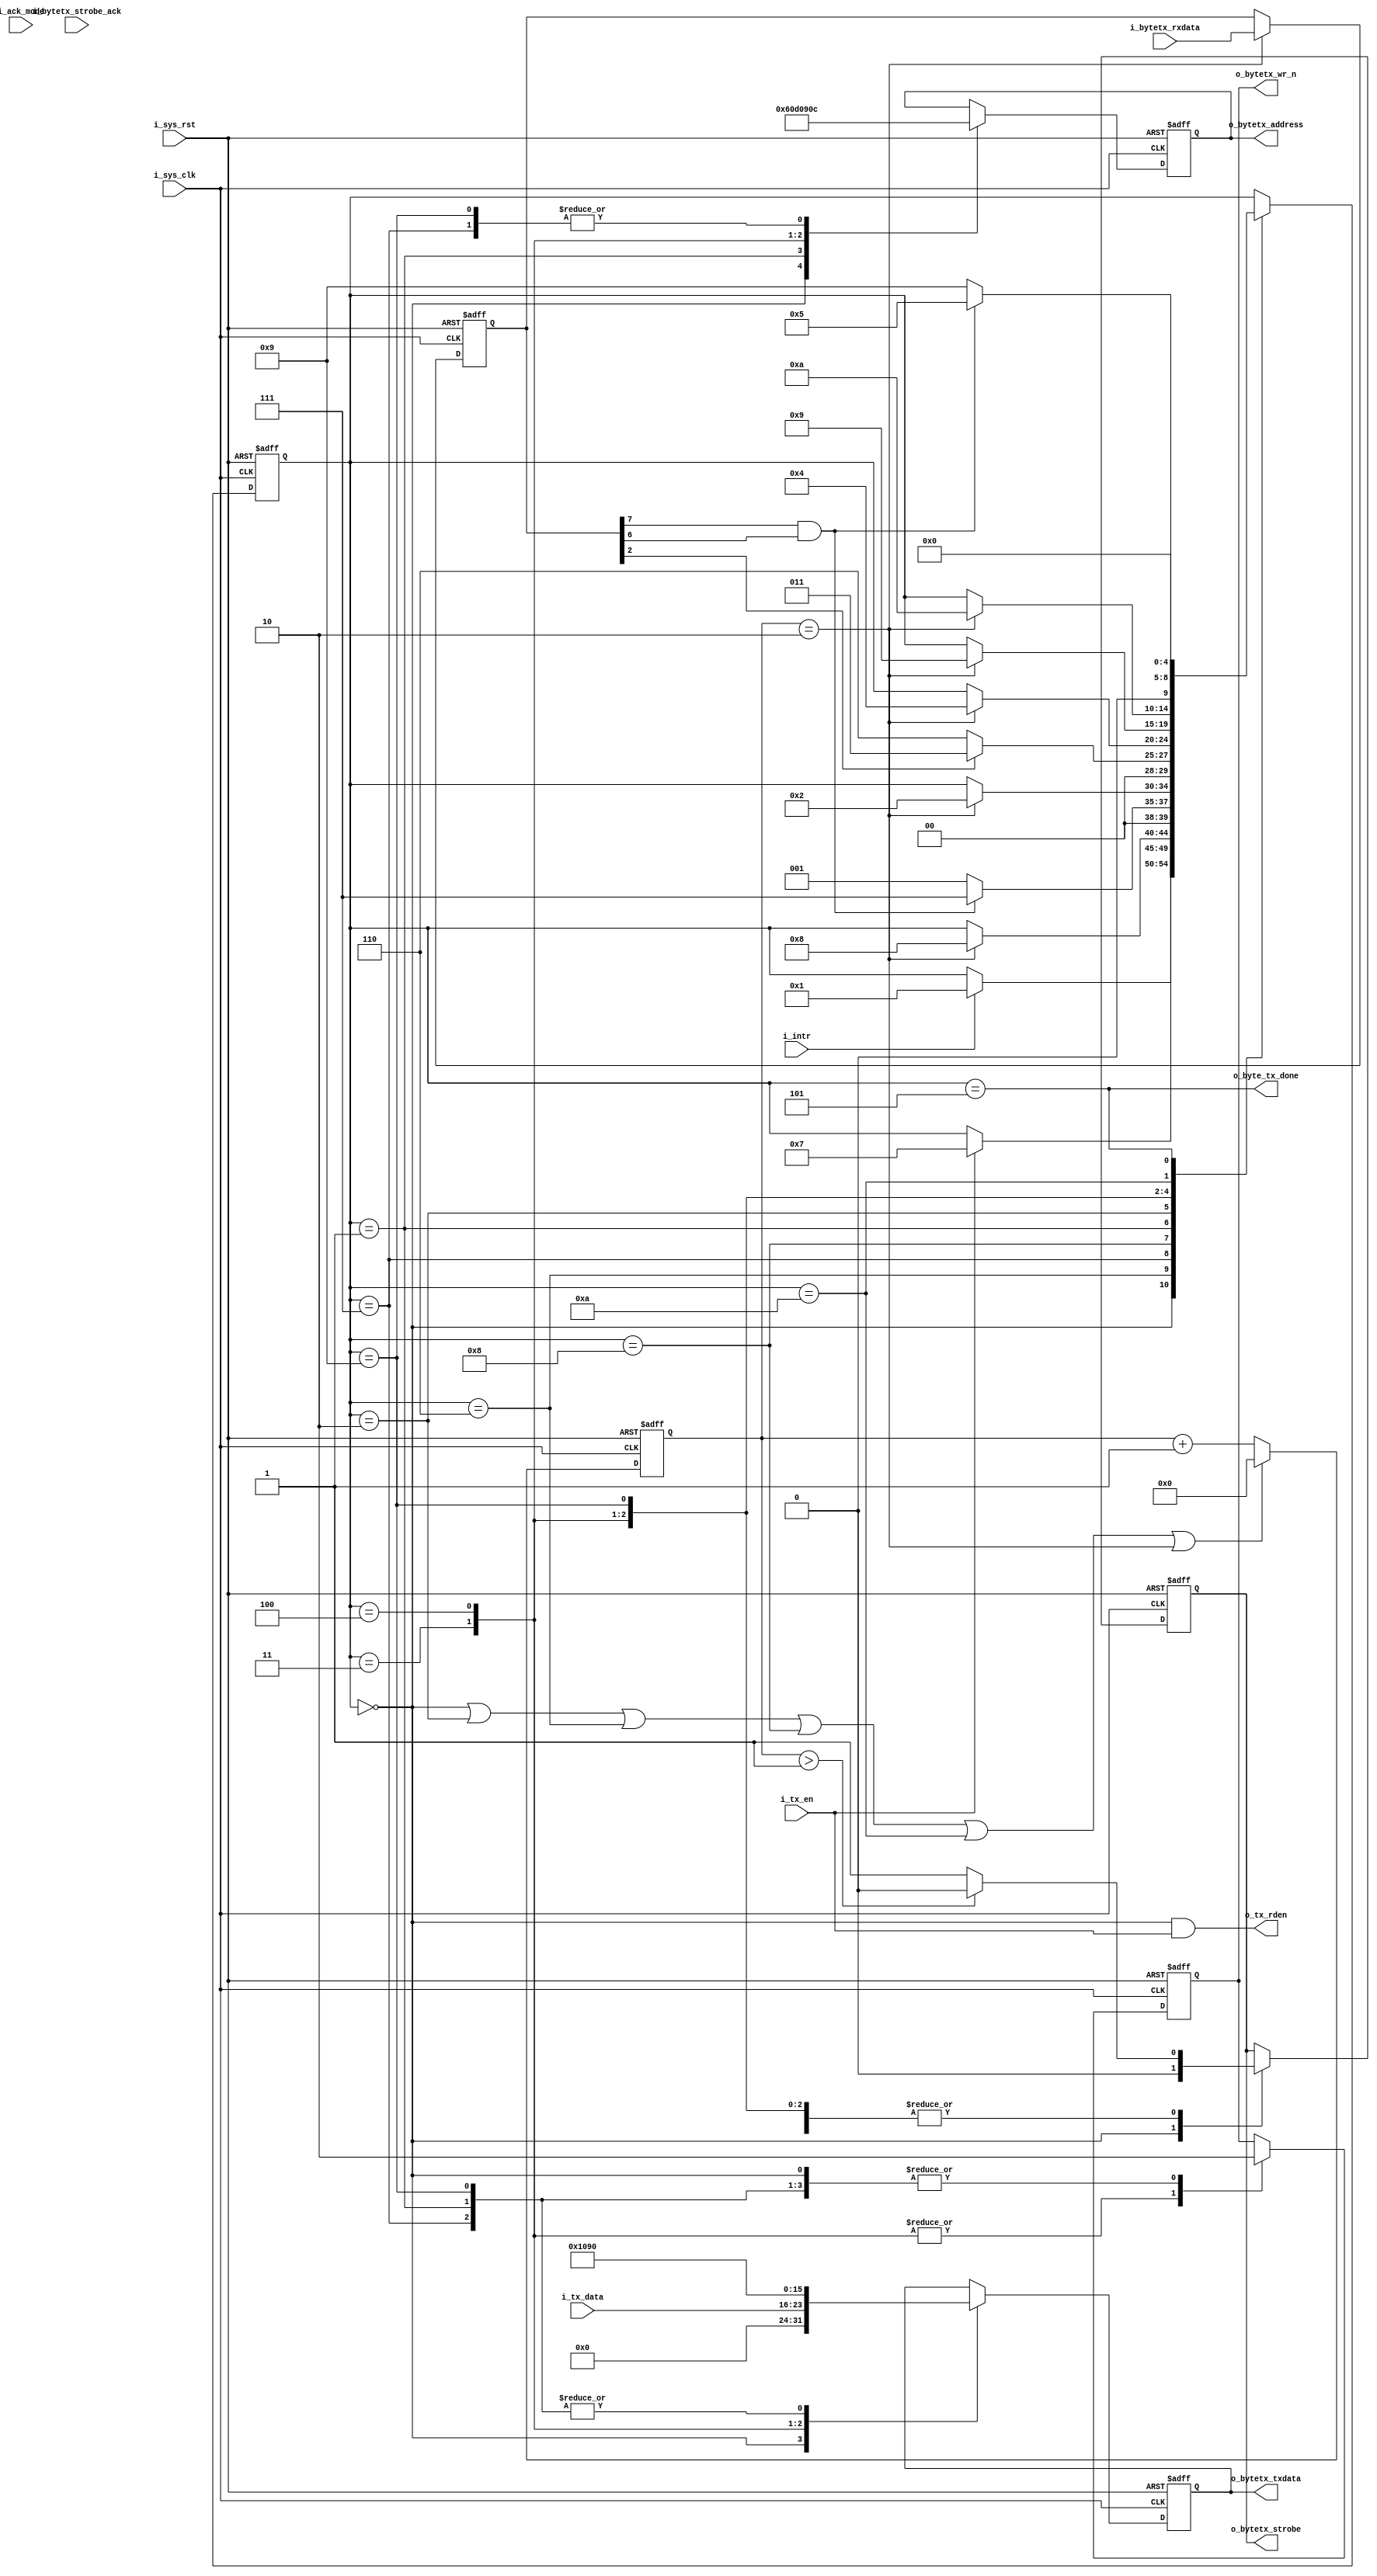
//-------------------------------------------------------------------------
//  >>>>>>>>>>>>>>>>>>>>>>>>> COPYRIGHT NOTICE <<<<<<<<<<<<<<<<<<<<<<<<<
//-------------------------------------------------------------------------
//  Copyright (c) 2012 by Lattice Semiconductor Corporation      
// 
//-------------------------------------------------------------------------
// Permission:
//
//   Lattice Semiconductor grants permission to use this code for use
//   in synthesis for any Lattice programmable logic product.  Other
//   use of this code, including the selling or duplication of any
//   portion is strictly prohibited.
//
// Disclaimer:
//
//   This VHDL or Verilog source code is intended as a design reference
//   which illustrates how these types of functions can be implemented.
//   It is the user's responsibility to verify their design for
//   consistency and functionality through the use of formal
//   verification methods.  Lattice Semiconductor provides no warranty
//   regarding the use or functionality of this code.
//-------------------------------------------------------------------------
//
//    Lattice Semiconductor Corporation
//    5555 NE Moore Court
//    Hillsboro, OR 97124
//    U.S.A
//
//    TEL: 1-800-Lattice (USA and Canada)
//    503-268-8001 (other locations)
//
//    web: http://www.latticesemi.com/
// 
//-------------------------------------------------------------------------
// 
//  Project  : LP3.5K_Pedometer_with_BLE_Interface
// 
//  Description: I2C byte transmission state machine
//
//  Code Revision History :
//-------------------------------------------------------------------------
// Ver: | Author        | Mod. Date    |Changes Made:
// V1.0 | MDN           | 03-Nov-12    |Initial version                             
//-------------------------------------------------------------------------
  

`timescale 1 ns / 1 ps

module i2c_master_byte_tx_fsm(
			      // Global inputs
			      i_sys_clk, i_sys_rst,
			      /*AUTOARG*/
			      // Outputs
			      o_tx_rden, o_byte_tx_done, o_bytetx_address, o_bytetx_txdata,
			      o_bytetx_strobe, o_bytetx_wr_n,
			      // Inputs
			      i_tx_data, i_tx_en, i_ack_mode, i_intr, i_bytetx_strobe_ack,
			      i_bytetx_rxdata
			      );
   
   // Parameters
   // FSM states
   parameter IDLE     = 0;
   parameter STATE_1  = 1;
   parameter STATE_2  = 2;
   parameter STATE_3  = 3;
   parameter STATE_4  = 4;
   parameter STATE_5  = 5;
   parameter STATE_6  = 6;
   parameter STATE_7  = 7;
   parameter STATE_8  = 8;
   parameter STATE_9  = 9;
   parameter STATE_10  = 10;

   // Global inputs
   input          i_sys_clk;
   input          i_sys_rst;

   // Outputs
   output         o_tx_rden;
   output         o_byte_tx_done;
   output [7:0]   o_bytetx_address;
   output [7:0]   o_bytetx_txdata;
   output         o_bytetx_strobe;
   output         o_bytetx_wr_n;

   //Inputs
   input [7:0] 	  i_tx_data;
   input          i_tx_en;
   input          i_ack_mode;
   input          i_intr;
   input          i_bytetx_strobe_ack;
   input [7:0] 	  i_bytetx_rxdata;

   // Internal signals
   reg [4:0] 	  state_i;
   wire           terminate_strobe_i;
   wire           switch_state_i;
   reg [3:0] 	  cycle_count_i;
   reg [7:0] 	  rxdata_i;
   reg [7:0] 	  address_i;
   reg [7:0] 	  tx_data_i;
   reg            strobe_i;
   reg            wr_n_i;

   assign o_bytetx_address = address_i;
   assign o_bytetx_txdata  = tx_data_i;
   assign o_bytetx_strobe  = strobe_i;
   assign o_bytetx_wr_n    = wr_n_i;

   assign o_tx_rden = (state_i == IDLE && i_tx_en);
   assign o_byte_tx_done = (state_i == STATE_5);
   
   // State machine to drive system interface bus
   always @(posedge i_sys_clk or posedge i_sys_rst)begin
      if(i_sys_rst)begin
         state_i <= IDLE;
         tx_data_i <= 0;
         address_i <= 0;
         strobe_i <= 0;
         wr_n_i <= 0;
      end else begin
         case(state_i)
           // Waiting for external trigger to start with configuration sequence                
           IDLE:begin
              if(i_tx_en)begin 
                 state_i <= STATE_7; // Change this to STATE_6 for using interrupt
              end
              tx_data_i <= 0;
              address_i <= 0;
              strobe_i <= 0;
              wr_n_i <= 0;
           end

           // Wait for interrupt
           STATE_6:begin
              if(i_intr)begin
                 state_i <= STATE_1;
              end
           end
           
           //Read status register to check if current transaction is complete
           STATE_7:begin 
              if(switch_state_i)begin
                 state_i <= STATE_8;
              end
              tx_data_i <= 8'b1001_0000; // Don't care
              address_i <= 8'b0000_1100; // Status register
              wr_n_i <= 1'b0; //read
              
              if(terminate_strobe_i)begin
                 strobe_i <= 1'b0;
              end else begin
                 strobe_i <= 1'b1;
              end
           end

           //Check if current transaction is complete
           STATE_8:begin
              if(!(rxdata_i[7] & rxdata_i[6]))begin
                 state_i <= STATE_1;
              end else begin
                 state_i <= STATE_7;
              end
           end

           //Read interrupt status register to check if TXRDY
           STATE_1:begin 
              if(switch_state_i)begin
                 state_i <= STATE_2;
              end
              tx_data_i <= 8'b1001_0000; // Don't care
              address_i <= 8'b0000_0110; // Status register
              wr_n_i <= 1'b0; //read
              
              if(terminate_strobe_i)begin
                 strobe_i <= 1'b0;
              end else begin
                 strobe_i <= 1'b1;
              end
           end

           //Check if TXRDY is high
           STATE_2:begin
              if(rxdata_i[2] == 1)begin
                 state_i <= STATE_3;
              end else begin
                 state_i <= STATE_6; // If tx was not ready wait for interrupt
              end
           end

           //Write txdata to tx register
           STATE_3:begin 
              if(switch_state_i)begin
                 state_i <= STATE_4;
              end
              tx_data_i <= i_tx_data;
              address_i <= 8'b0000_1101;
              wr_n_i <= 1'b1;
              
              if(terminate_strobe_i)begin
                 strobe_i <= 1'b0;
              end else begin
                 strobe_i <= 1'b1;
              end
           end

           //Write command register to send a byte
           STATE_4:begin 
              if(switch_state_i)begin
                 state_i <= STATE_9;
              end
              tx_data_i <= 8'b0001_0000;
              address_i <= 8'b0000_1001;
              wr_n_i <= 1'b1;
              
              if(terminate_strobe_i)begin
                 strobe_i <= 1'b0;
              end else begin
                 strobe_i <= 1'b1;
              end
           end

           //Read status register to check if transaction in progress
           STATE_9:begin 
              if(switch_state_i)begin
                 state_i <= STATE_10;
              end
              tx_data_i <= 8'b1001_0000; // Don't care
              address_i <= 8'b0000_1100; // Status register
              wr_n_i <= 1'b0; //read
              
              if(terminate_strobe_i)begin
                 strobe_i <= 1'b0;
              end else begin
                 strobe_i <= 1'b1;
              end
           end

           //Check if BUSY and TIP are 1
           STATE_10:begin
              if((rxdata_i[7] & rxdata_i[6]))begin // to make sure that start gen relieves the control only after making sure the transaction has started
                 state_i <= STATE_5;
              end else begin
                 state_i <= STATE_9;
              end
           end
           
           
           //return to IDLE
           STATE_5:begin 
              state_i <= IDLE;
           end
         endcase
      end
   end

   assign switch_state_i = (cycle_count_i == 2);
   assign terminate_strobe_i = (cycle_count_i > 1);
   
   always @(posedge i_sys_clk or posedge i_sys_rst)begin
      if(i_sys_rst)begin
         rxdata_i <= 0;
      end else begin
         if(cycle_count_i == 2) begin
            rxdata_i <= i_bytetx_rxdata;
         end
      end
   end

   always @(posedge i_sys_clk or posedge i_sys_rst)begin
      if(i_sys_rst)begin
         cycle_count_i <= 0;
      end else begin
         if((state_i == IDLE) || (state_i == STATE_2)|| (state_i == STATE_6) || 
            (state_i == STATE_8) || (state_i == STATE_10) || switch_state_i) begin
            cycle_count_i <= 0;
         end else begin
            cycle_count_i <= cycle_count_i + 1;
         end
      end
   end

endmodule